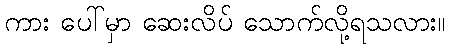
ကား ပေါ်မှာ ဆေးလိပ် သောက်လို့ရသလား။